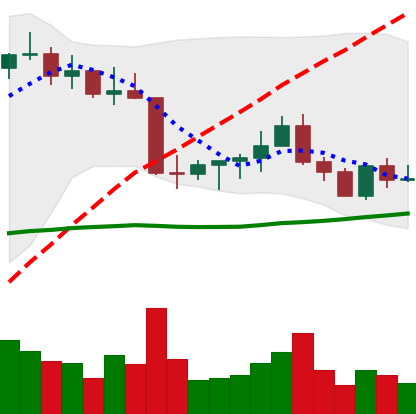
Ticker: ETC-USD
Chart end date: 2022-08-31
Forward return: 21.872%
Label: up_7plus